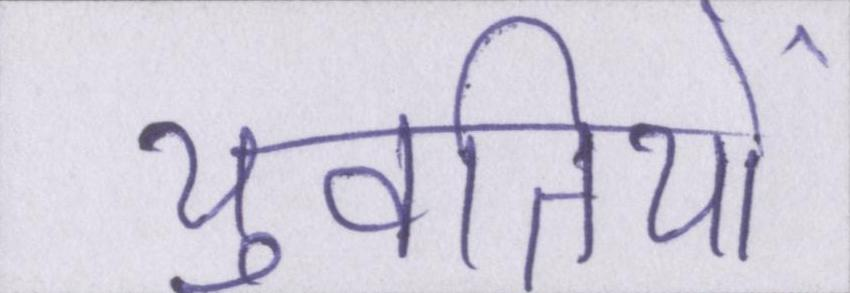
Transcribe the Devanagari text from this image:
युवतियों